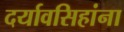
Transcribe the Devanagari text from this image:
दर्यावसिहांना